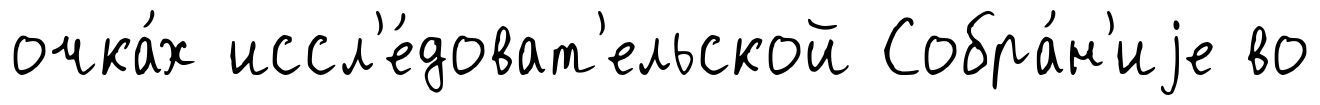
очка́х иссл'е́доват'ельской Собра́н'иjе во